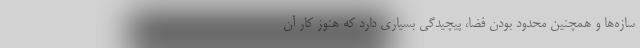
سازه‌ها و همچنین محدود بودن فضا، پیچیدگی بسیاری دارد که هنوز کار آن